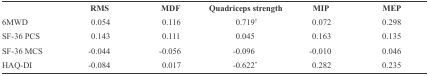
|  | RMS | MDF | Quadriceps strength | MIP | MEP |
 | --- | --- | --- | --- | --- | --- |
 | 6MWD | 0.054 | 0.116 | 0.719† | 0.072 | 0.298 |
 | SF-36 PCS | 0.143 | 0.111 | 0.045 | 0.163 | 0.135 |
 | SF-36 MCS | -0.044 | -0.056 | -0.096 | -0.010 | 0.046 |
 | HAQ-DI | -0.084 | 0.017 | -0.622* | 0.282 | 0.235 |